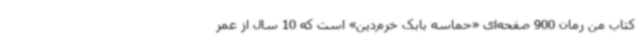
کتاب من رمان 900 صفحه‌ای «حماسه بابک خرم‌دین» است که 10 سال از عمر